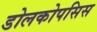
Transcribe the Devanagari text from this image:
डोलकोपसिस